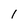
Character: 1